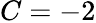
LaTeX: C=-2